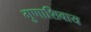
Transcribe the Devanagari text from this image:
गुणाशिवाय